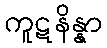
ကူဋနိန္နာ